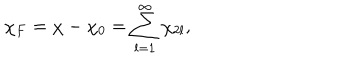
\chi _ { F } = \chi - \chi _ { 0 } = \sum _ { l = 1 } ^ { \infty } \chi _ { 2 l } ,